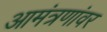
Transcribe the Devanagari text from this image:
आमंत्रणांवर